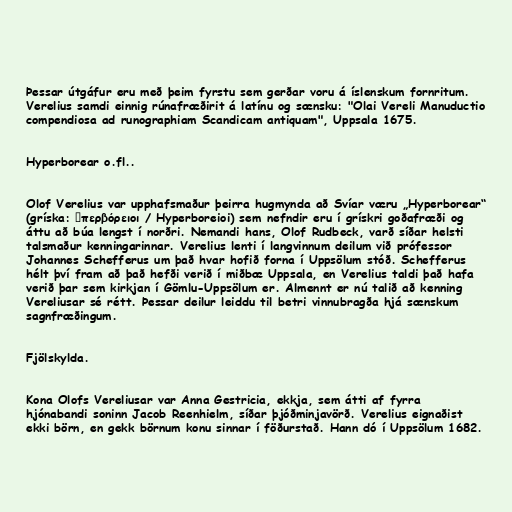
Þessar útgáfur eru með þeim fyrstu sem gerðar voru á íslenskum fornritum.
Verelius samdi einnig rúnafræðirit á latínu og sænsku: "Olai Vereli Manuductio
compendiosa ad runographiam Scandicam antiquam", Uppsala 1675.

Hyperborear o.fl..

Olof Verelius var upphafsmaður þeirra hugmynda að Svíar væru „Hyperborear“
(gríska: Ὑπερβόρειοι / Hyperboreioi) sem nefndir eru í grískri goðafræði og
áttu að búa lengst í norðri. Nemandi hans, Olof Rudbeck, varð síðar helsti
talsmaður kenningarinnar. Verelius lenti í langvinnum deilum við prófessor
Johannes Schefferus um það hvar hofið forna í Uppsölum stóð. Schefferus
hélt því fram að það hefði verið í miðbæ Uppsala, en Verelius taldi það hafa
verið þar sem kirkjan í Gömlu-Uppsölum er. Almennt er nú talið að kenning
Vereliusar sé rétt. Þessar deilur leiddu til betri vinnubragða hjá sænskum
sagnfræðingum.

Fjölskylda.

Kona Olofs Vereliusar var Anna Gestricia, ekkja, sem átti af fyrra
hjónabandi soninn Jacob Reenhielm, síðar þjóðminjavörð. Verelius eignaðist
ekki börn, en gekk börnum konu sinnar í föðurstað. Hann dó í Uppsölum 1682.